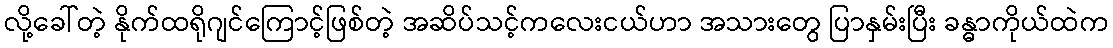
လို့ခေါ်တဲ့ နိုက်ထရိုဂျင်ကြောင့်ဖြစ်တဲ့ အဆိပ်သင့်ကလေးငယ်ဟာ အသားတွေ ပြာနှမ်းပြီး ခန္ဓာကိုယ်ထဲက